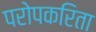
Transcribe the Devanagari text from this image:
परोपकरिता